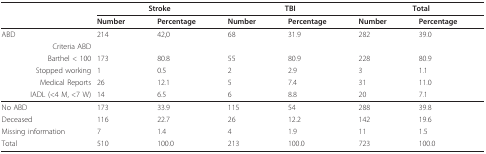
<table><thead><tr><td>[EMPTY_CELL]</td><td colspan="2"><b>Stroke</b></td><td colspan="2"><b>TBI</b></td><td colspan="2"><b>Total</b></td></tr><tr><td>[EMPTY_CELL]</td><td><b>Number</b></td><td><b>Percentage</b></td><td><b>Number</b></td><td><b>Percentage</b></td><td><b>Number</b></td><td><b>Percentage</b></td></tr></thead><tbody><tr><td>ABD</td><td>214</td><td>42,0</td><td>68</td><td>31.9</td><td>282</td><td>39.0</td></tr><tr><td>Criteria ABD</td><td>[EMPTY_CELL]</td><td>[EMPTY_CELL]</td><td>[EMPTY_CELL]</td><td>[EMPTY_CELL]</td><td>[EMPTY_CELL]</td><td>[EMPTY_CELL]</td></tr><tr><td>Barthel &lt; 100</td><td>173</td><td>80.8</td><td>55</td><td>80.9</td><td>228</td><td>80.9</td></tr><tr><td>Stopped working</td><td>1</td><td>0.5</td><td>2</td><td>2.9</td><td>3</td><td>1.1</td></tr><tr><td>Medical Reports</td><td>26</td><td>12.1</td><td>5</td><td>7.4</td><td>31</td><td>11.0</td></tr><tr><td>IADL (&lt;4 M, &lt;7 W)</td><td>14</td><td>6.5</td><td>6</td><td>8.8</td><td>20</td><td>7.1</td></tr><tr><td>No ABD</td><td>173</td><td>33.9</td><td>115</td><td>54</td><td>288</td><td>39.8</td></tr><tr><td>Deceased</td><td>116</td><td>22.7</td><td>26</td><td>12.2</td><td>142</td><td>19.6</td></tr><tr><td>Missing information</td><td>7</td><td>1.4</td><td>4</td><td>1.9</td><td>11</td><td>1.5</td></tr><tr><td>Total</td><td>510</td><td>100.0</td><td>213</td><td>100.0</td><td>723</td><td>100.0</td></tr></tbody></table>